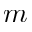
m